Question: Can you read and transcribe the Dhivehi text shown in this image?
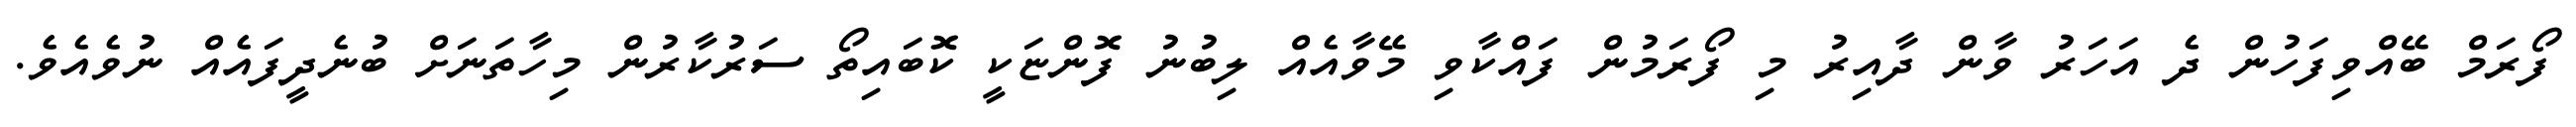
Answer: ފޯރަމް ބޭއްވިފަހުން ދެ އަހަރު ވާން ދާއިރު މި ފޯރަމުން ފައްކާވި މޭވާއެއް ލިބުނު ފޮންޏަކީ ކޮބައިތޯ ސަރުކާރުން މިހާތަނަށް ބުނެދީފައެއް ނުވެއެވެ.